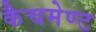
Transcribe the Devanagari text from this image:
कैचमेण्ट